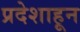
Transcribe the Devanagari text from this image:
प्रदेशाहून